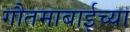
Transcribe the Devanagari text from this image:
गौतमाबाईच्या